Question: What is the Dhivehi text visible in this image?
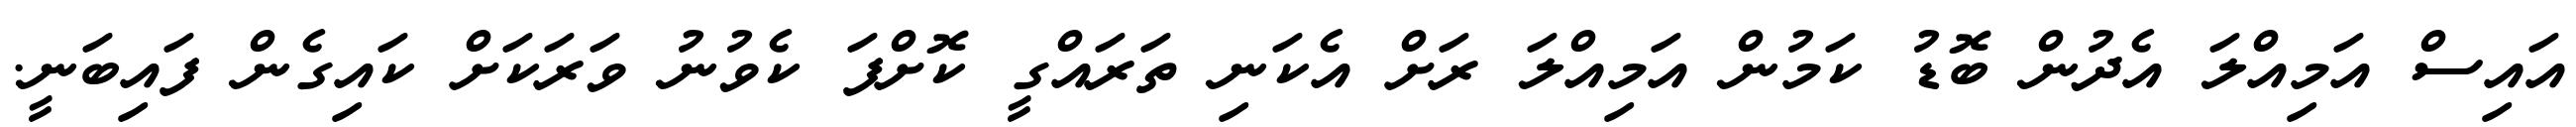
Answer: އައިސް އަމިއްލަ އެދުން ބޮޑު ކަމުން އަމިއްލަ ރަށް އެކަނި ތަރައްގީ ކޮށްފަ ކެވުނު ވަރަކަށް ކައިގެން ފައިބަނީ.